Report of the Municipal Commissioner on the plague in Bombay for the year ending 31st May... - Volume 3
Disease focus: Plague
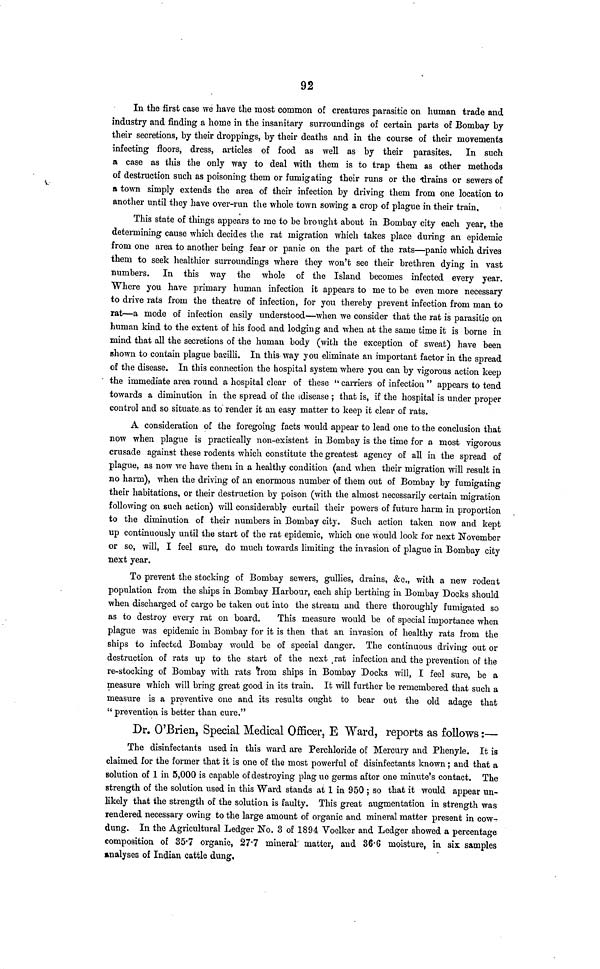
92
In the first case we have the most common of creatures parasitic on human trade and
industry and finding a home in the insanitary surroundings of certain parts of Bombay by
their secretions, by their droppings, by their deaths and in the course of their movements
infecting floors, dress, articles of food as well as by their parasites. In such
a case as this the only way to deal with them is to trap them as other methods
of destruction such as poisoning them or fumigating their runs or the drains or sewers of
a town simply extends the area of their infection by driving them from one location to
another until they have over-run the whole town sowing a crop of plague in their train.
This state of things appears to me to be brought about in Bombay city each year, the
determining cause which decides the rat migration which takes place during an epidemic
from one area to another being fear or panic on the part of the rats—panic which drives
them to seek healthier surroundings where they won't see their brethren dying in vast
numbers. In this way the whole of the Island becomes infected every year.
Where you have primary human infection it appears to me to be even more necessary
to drive rats from the theatre of infection, for you thereby prevent infection from man to
rat—a mode of infection easily understood—when we consider that the rat is parasitic on
human kind to the extent of his food and lodging and when at the same time it is borne in
mind that all the secretions of the human body (with the exception of sweat) have been
shown to contain plague bacilli. In this way you eliminate an important factor in the spread
of the disease. In this connection the hospital system where you can by vigorous action keep
the immediate area round a hospital clear of these "carriers of infection " appears to tend
towards a diminution in the spread of the disease ; that is, if the hospital is under proper
control and so situate as to render it an easy matter to keep it clear of rats.
A consideration of the foregoing facts would appear to lead one to the conclusion that
now when plague is practically non-existent in Bombay is the time for a most vigorous
crusade against these rodents which constitute the greatest agency of all in the spread of
plague, as now we have them in a healthy condition (and when their migration will result in
no harm), when the driving of an enormous number of them out of Bombay by fumigating
their habitations, or their destruction by poison (with the almost necessarily certain migration
following on such action) will considerably curtail their powers of future harm in proportion
to the diminution of their numbers in Bombay city. Such action taken now and kept
up continuously until the start of the rat epidemic, which one would look for next November
or so, will, I feel sure, do much towards limiting the invasion of plague in Bombay city
next year.
To prevent the stocking of Bombay sewers, gullies, drains, &c., with a new rodent
population from the ships in Bombay Harbour, each ship berthing in Bombay Docks should
when discharged of cargo be taken out into the stream and there thoroughly fumigated so
as to destroy every rat on board.
This measure would be of special importance when
plague was epidemic in Bombay for it is then that an invasion of healthy rats from the
ships to infected Bombay would be of special danger. The continuous driving out or
destruction of rats up to the start of the next rat infection and the prevention of the
re-stocking of Bombay with rats from ships in Bombay Docks will, I feel sure, be a
measure which will bring great good in its train. It will further be remembered that such a
measure is a preventive one and its results ought to bear out the old adage that
"prevention is better than cure."
Dr. O'Brien, Special Medical Officer, E Ward, reports as follows :—
The disinfectants used in this ward are Perchloride of Mercury and Phenyle. It is
claimed for the former that it is one of the most powerful of disinfectants known ; and that a
solution of 1 in 5,000 is capable of destroying plague germs after one minute's contact. The
strength of the solution used in this Ward stands at 1 in 950 ; so that it would appear un-
likely that the strength of the solution is faulty. This great augmentation in strength was
rendered necessary owing to the large amount of organic and mineral matter present in cow-
dung. In the Agricultural Ledger No. 3 of 1894 Voelker and Ledger showed a percentage
composition of 35.7 organic, 27.7 mineral matter, and 36.6 moisture, in six samples
analyses of Indian cattle dung.